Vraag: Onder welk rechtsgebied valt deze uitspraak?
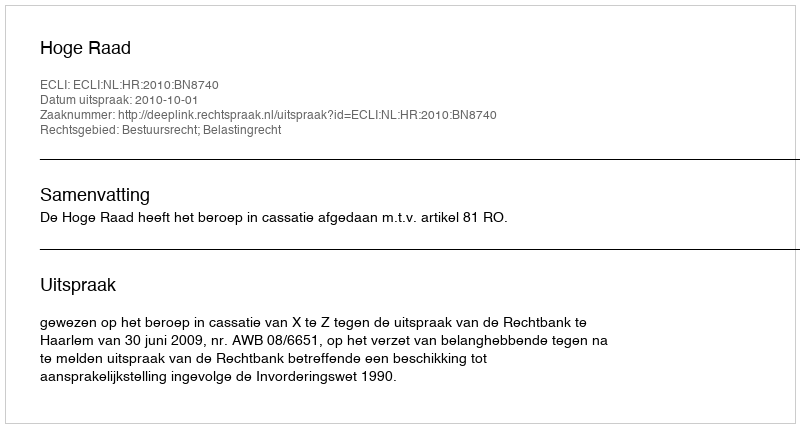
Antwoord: Bestuursrecht; Belastingrecht